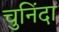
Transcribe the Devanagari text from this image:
चुनिँदा